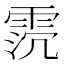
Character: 𩂸